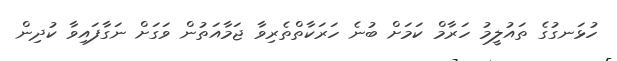
ހުޅަނގުގެ ތައުލީމު ހަރާމް ކަމަށް ބުނެ ހަރަކާތްތެރިވާ ޖަމާއަތުން ވަގަށް ނަގާފައިވާ ކުދިން